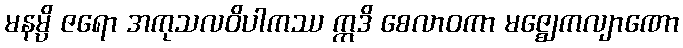
မနမ္ပိ ဇရော အကုသလဝိပါကဿ ဣဒိ စေလာဝကာ မဇ္ဈေကလျာဏော